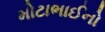
મોટાભાઈનો